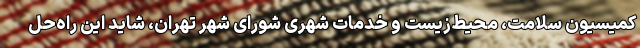
کمیسیون سلامت، محیط‌زیست و خدمات شهری شورای شهر تهران، شاید این راه‌حل